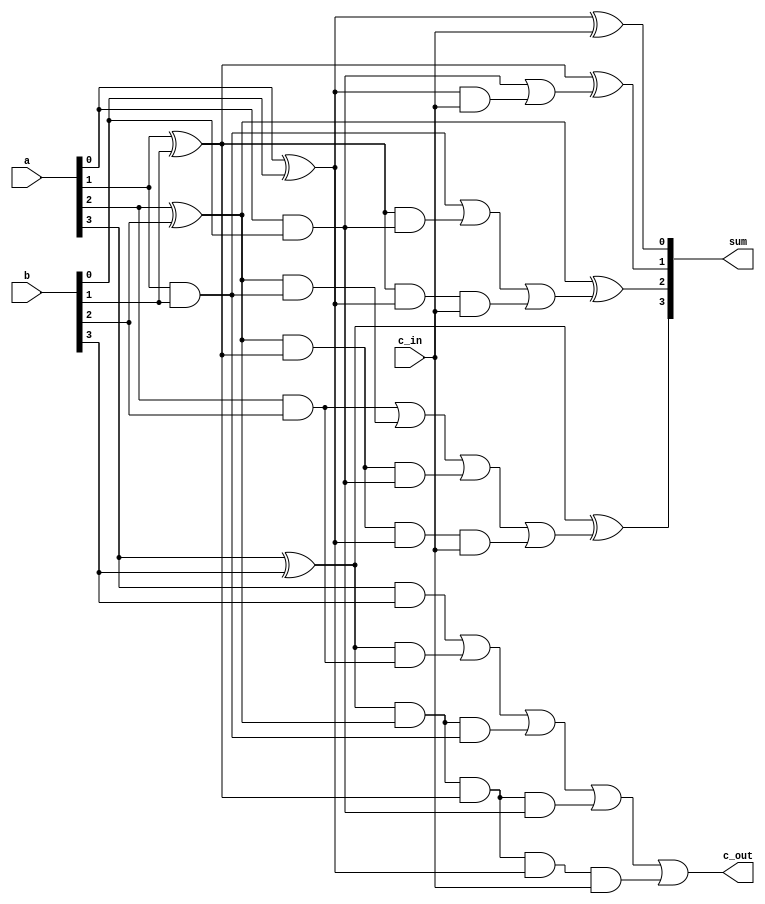
module fulladd4(sum, c_out, a, b, c_in);
// Inputs and outputs
output [3:0] sum;
output c_out;
input [3:0] a,b;
input c_in;

// Internal wires
wire p0,g0, p1,g1, p2,g2, p3,g3;
wire c4, c3, c2, c1;

// compute the p for each stage
assign p0 = a[0] ^ b[0],
       p1 = a[1] ^ b[1],
       p2 = a[2] ^ b[2],
       p3 = a[3] ^ b[3];

// compute the g for each stage
assign g0 = a[0] & b[0],
       g1 = a[1] & b[1],
       g2 = a[2] & b[2],
       g3 = a[3] & b[3];

// compute the carry for each stage
// Note that c_in is equivalent c0 in the arithmetic equation for
// carry lookhead computation
assign c1 = g0 | (p0 & c_in),
       c2 = g1 | (p1 & g0) | (p1 & p0 & c_in),
       c3 = g2 | (p2 & g1) | (p2 & p1 & g0) | (p2 & p1 & p0 & c_in),
       c4 = g3 | (p3 & g2) | (p3 & p2 & g1) | (p3 & p2 & p1 & g0) |
				(p3 & p2 & p1 & p0 & c_in);

// Compute Sum
assign sum[0] = p0 ^ c_in,
       sum[1] = p1 ^ c1,
       sum[2] = p2 ^ c2,
       sum[3] = p3 ^ c3;

// Assign carry output
assign c_out = c4;

endmodule


// Define the stimulus (top level module)
module stimulus;

// Set up variables
reg [3:0] A, B;
reg C_IN;
wire [3:0] SUM;
wire C_OUT;

// Instantiate the 4-bit full adder. call it FA1_4
fulladd4 FA1_4(SUM, C_OUT, A, B, C_IN);


// Setup the monitoring for the signal values
initial
begin
        $monitor($time," A= %b, B=%b, C_IN= %b,, C_OUT= %b, SUM= %b\n",

        A, B, C_IN, C_OUT, SUM);
end

// Stimulate inputs
initial
begin
        A = 4'd0; B = 4'd0; C_IN = 1'b0;

        #5 A = 4'd3; B = 4'd4;

        #5 A = 4'd2; B = 4'd5;

        #5 A = 4'd9; B = 4'd9;

        #5 A = 4'd10; B = 4'd15;

        #5 A = 4'd10; B = 4'd5; C_IN = 1'b1;
end
 
endmodule